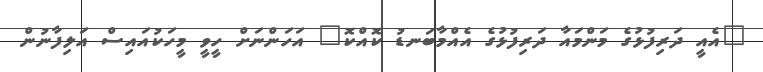
"އެއީ ދަރިފުޅުގެ މަންމައާ ދަރިފުޅުގެ އެއްމާބަނޑު ކޮއްކޮ" އަހަންނަށް ހީވީ މީހަކުއައިސް އަލިފާނުން